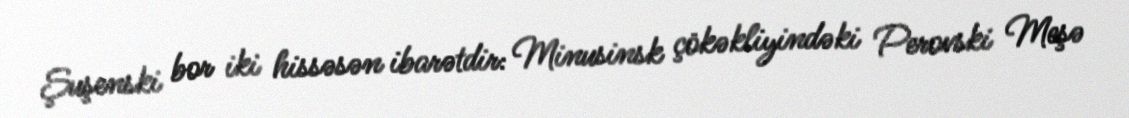
Şuşenski bor iki hissəsən ibarətdir: Minusinsk çökəkliyindəki Perovski Meşə